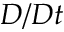
D / D t